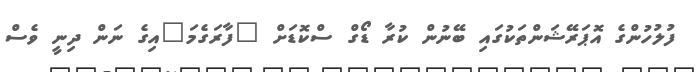
ފުލުހުންގެ އޮޕަރޭޝަންތަކުގައި ބޭނުން ކުރާ ޑޯގް ސްކޮޑަށް "ފާރަގެމަ"އިގެ ނަން ދިނީ ވެސް